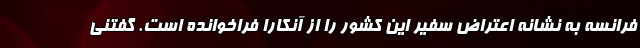
فرانسه به نشانه اعتراض سفیر این کشور را از آنکارا فراخوانده است. گفتنی